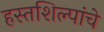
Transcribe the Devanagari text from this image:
हस्तशिल्पांचे